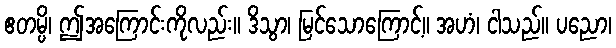
ဧတမ္ပိ၊ ဤအကြောင်းကိုလည်း။ ဒိသွာ၊ မြင်သောကြောင့်။ အဟံ၊ ငါသည်။ ပညော၊